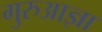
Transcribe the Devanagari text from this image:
गुरुआज्ञा